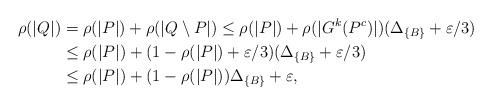
LaTeX: \begin{align*}\rho(|Q|) & = \rho(|P|) + \rho(|Q \setminus P|) \leq \rho(|P|) + \rho(|G^k(P^c)|)(\Delta_{\{B\}} + \varepsilon/3)\\&\leq \rho(|P|) + (1 - \rho(|P|) + \varepsilon/3)(\Delta_{\{B\}} + \varepsilon/3)\\&\leq \rho(|P|) + (1 - \rho(|P|))\Delta_{\{B\}} + \varepsilon,\end{align*}